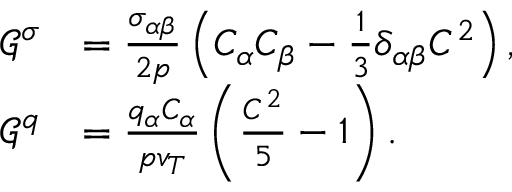
\begin{array} { r l } { \mathcal { G } ^ { \sigma } } & { = \frac { \sigma _ { \alpha \beta } } { 2 p } \left( C _ { \alpha } C _ { \beta } - \frac { 1 } { 3 } \delta _ { \alpha \beta } C ^ { 2 } \right) , } \\ { \mathcal { G } ^ { q } } & { = \frac { q _ { \alpha } C _ { \alpha } } { p v _ { T } } \left( \frac { C ^ { 2 } } { 5 } - 1 \right) . } \end{array}